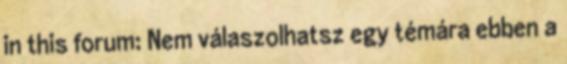
in this forum: Nem válaszolhatsz egy témára ebben a